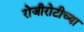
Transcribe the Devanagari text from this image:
रोजीरोटीच्या